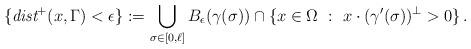
LaTeX: \begin{align*}\{ \emph{dist}^+(x, \Gamma) < \epsilon \} := \bigcup_{\sigma \in [0,\ell]} B_\epsilon (\gamma(\sigma)) \cap \{ x \in \Omega \ : \ x \cdot (\gamma'(\sigma))^{\perp} > 0 \}\,.\end{align*}